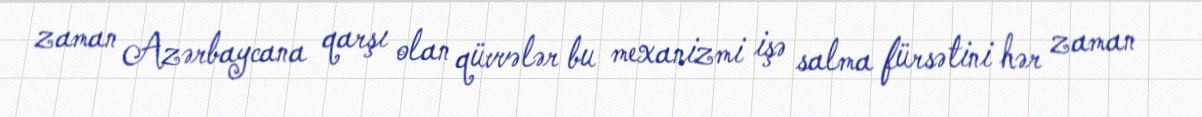
zaman Azərbaycana qarşı olan qüvvələr bu mexanizmi işə salma fürsətini hər zaman